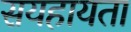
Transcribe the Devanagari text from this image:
सयहायता